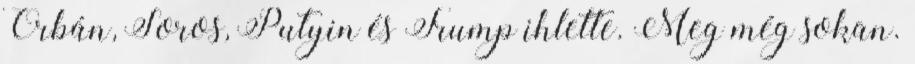
Orbán, Soros, Putyin és Trump ihlette. Meg még sokan.